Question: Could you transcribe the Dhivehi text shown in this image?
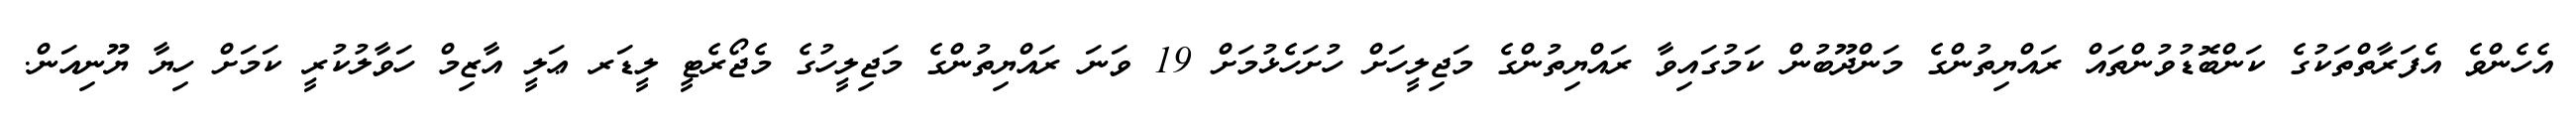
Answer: އެހެންވެ އެފަރާތްތަކުގެ ކަންބޮޑުވުންތައް ރައްޔިތުންގެ މަންދޫބުން ކަމުގައިވާ ރައްޔިތުންގެ މަޖިލީހަށް ހުށަހެޅުމަށް 19 ވަނަ ރައްޔިތުންގެ މަޖިލީހުގެ މެޖޯރެޓީ ލީޑަރ ޢަލީ އާޒިމް ހަވާލުކުރީ ކަމަށް ހިޔާ ޔޫނިއަން.